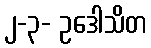
၂-၃- ဥဒေါသိတ